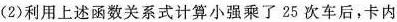
(2) 利用上述函数关系式计算小强乘了25次车后，卡内